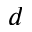
d